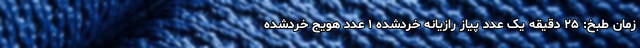
زمان طبخ: ۲۵ دقیقه یک عدد پیاز رازیانه خرد‌شده ۱ عدد هویج خردشده